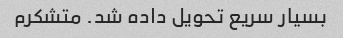
بسیار سریع تحویل داده شد. متشکرم